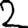
Digit: 2